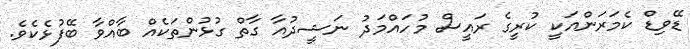
ޑޭވިޑް ކެމަރަންއަކީ ކުރީގެ ރައީސް މުހައްމަދު ނަޝީދުއާ ގާތް ގުޅުންތަކެއް ބާއްވާ ބޭފުޅެކެވެ.